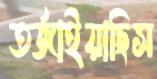
তর্জাইয়াছিস